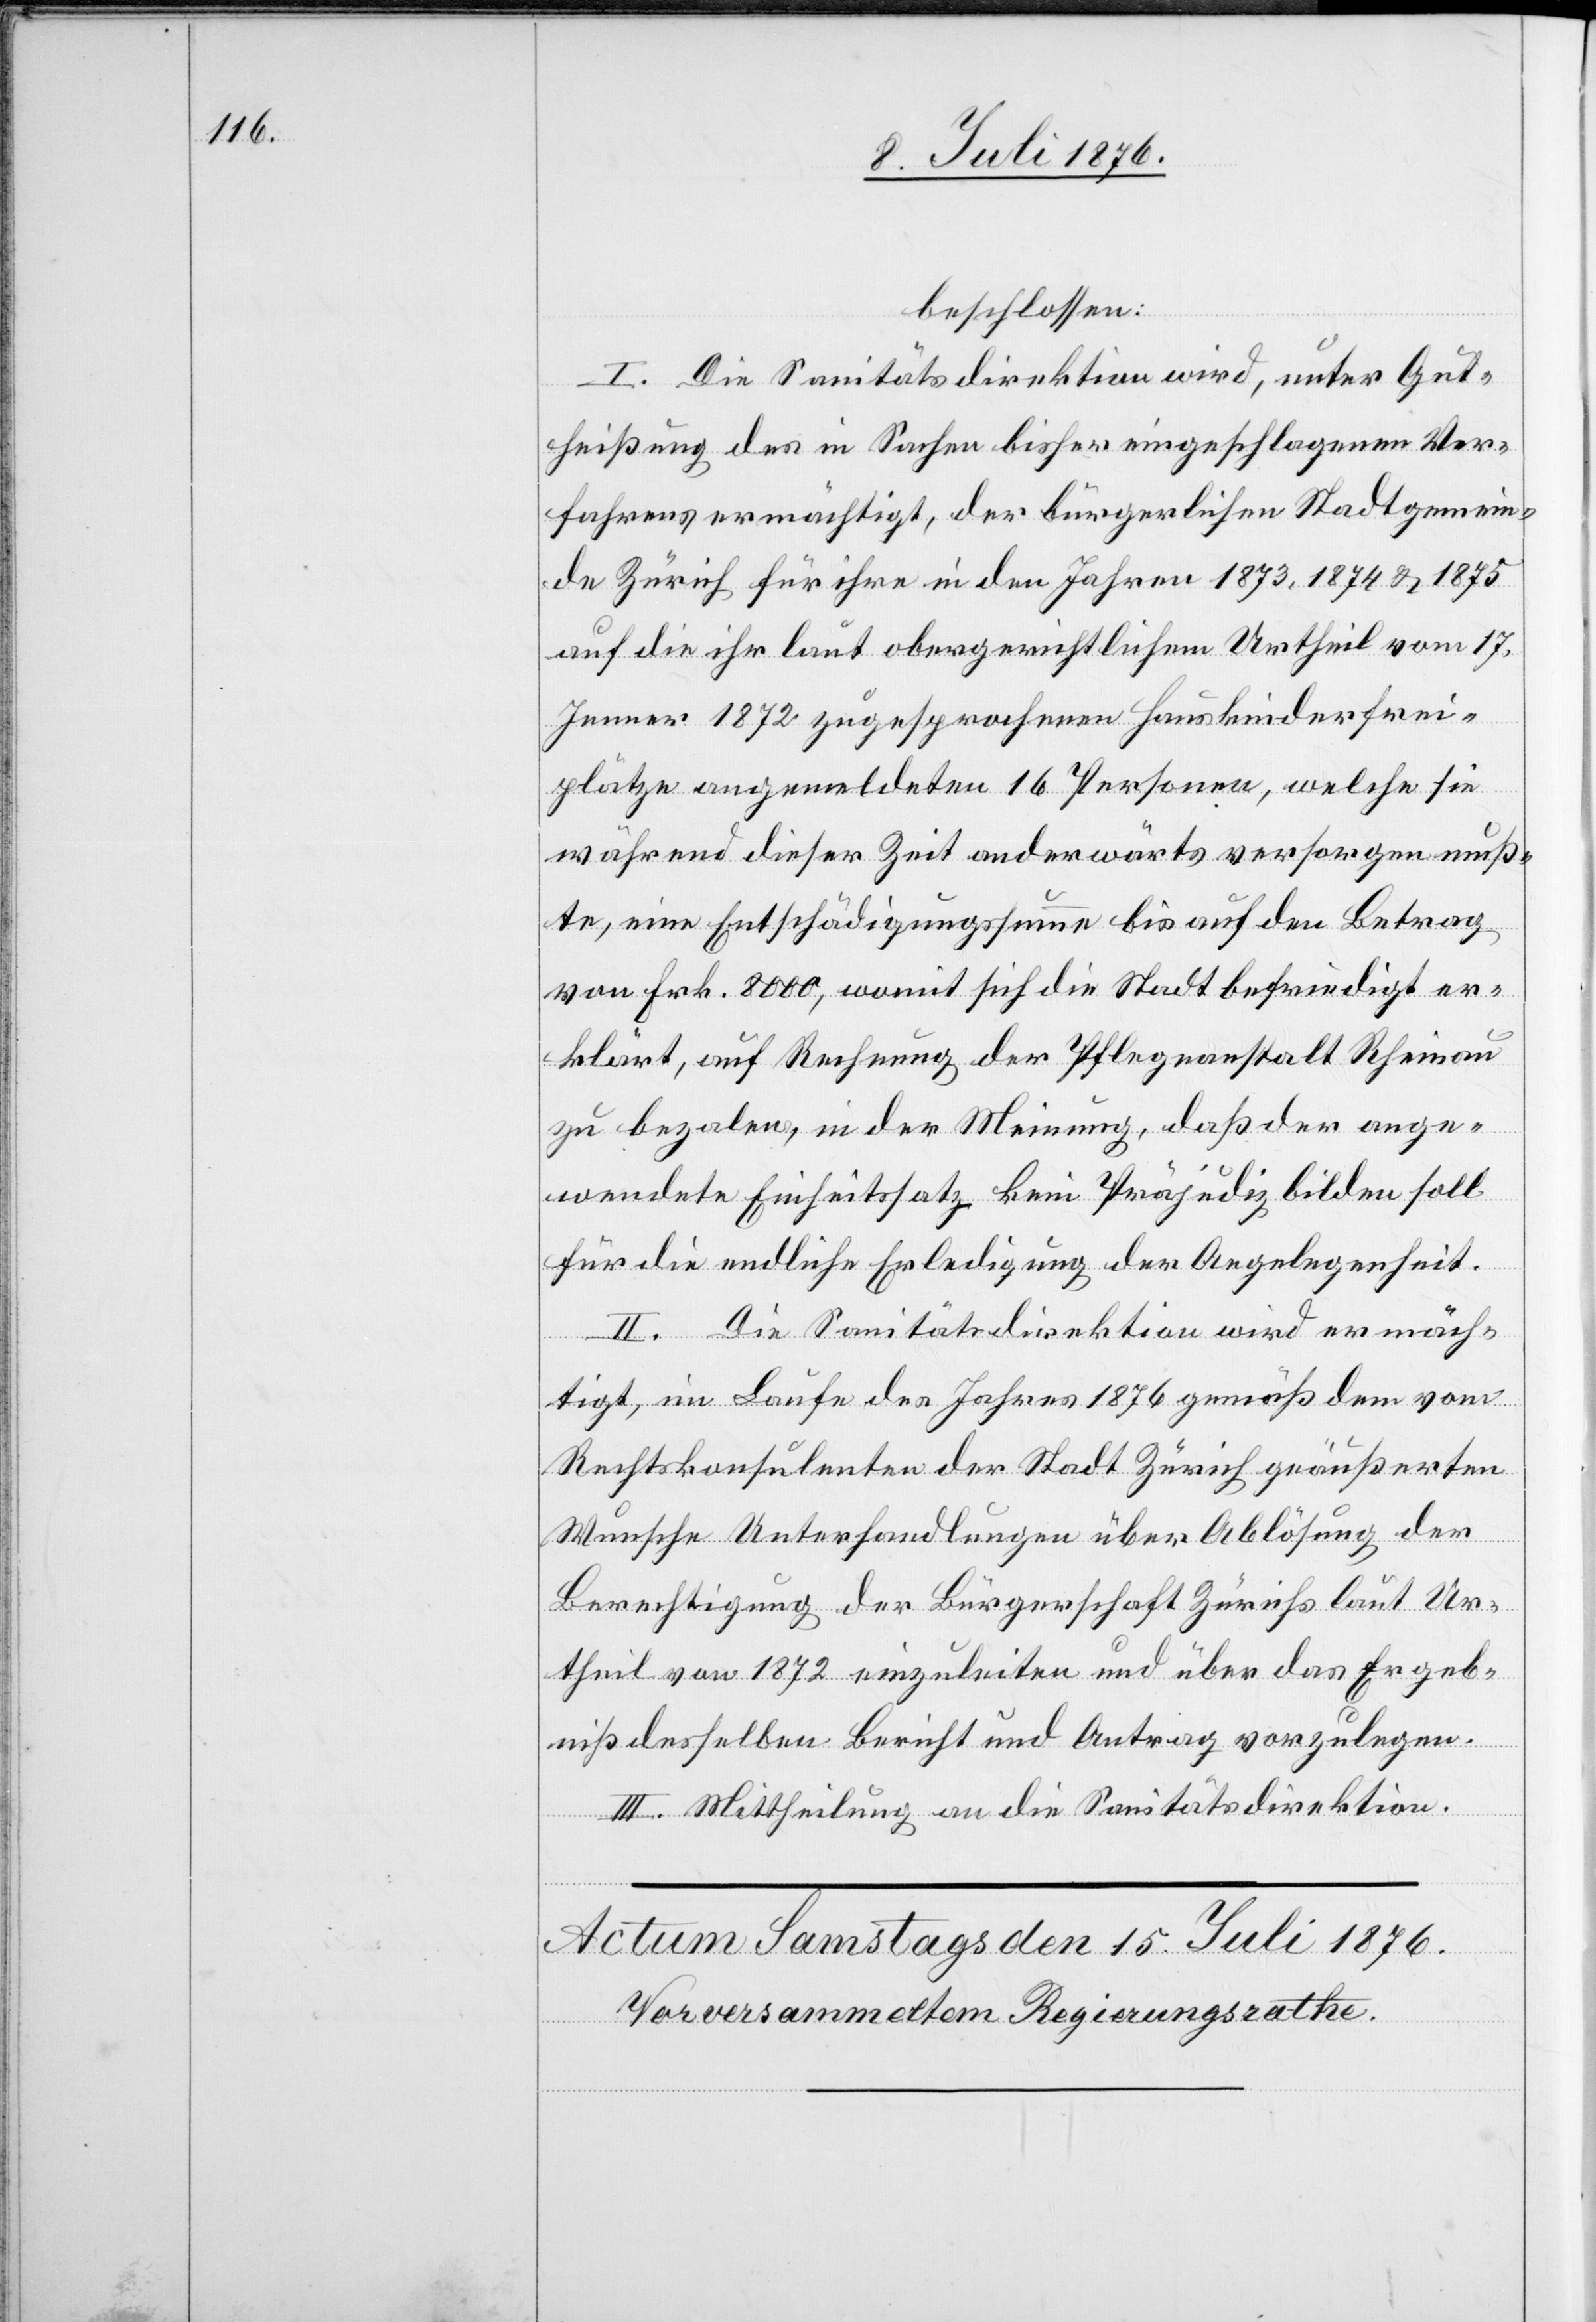
beschlossen:
I. Die Sanitätsdirektion wird, unter Gut¬
heißung des in Sachen bisher eingeschlagenen Ver¬
fahrens ermächtigt, der bürgerlichen Stadtgemein¬
de Zürich für ihre in den Jahren 1873, 1874 & 1875
auf die ihr laut obergerichtlichen Urtheil vom 17.
Jenner 1872 zugesprochenen Hauskinderfrei¬
plätze angemeldeten 16 Personen, welche sie
während dieser Zeit anderwärts versorgen muß¬
te, eine Entschädigungssumme bis auf den Betrag
von Frk. 8000, womit sich die Stadt befriedigt er¬
klärt, auf Rechnung der Pflegeanstalt Rheinau
zu bezalen [sic!], in der Meinung, daß der ange¬
wendete Einheitssatz kein Präjudiz bilden soll
für die endliche Erledigung der Angelegenheit.
II. Die Sanitätsdirektion wird ermäch¬
tigt, im Laufe des Jahres 1876 gemäß dem vom
Rechtskonsulenten der Stadt Zürich geäußerten
Wunsche Unterhandlungen über Ablösung der
Berechtigung der Bürgerschaft Zürichs laut Ur¬
theil von 1872 einzuleiten und über das Ergeb¬
niß desselben Bericht und Antrag vorzulegen.
III. Mittheilung an die Sanitätsdirektion.